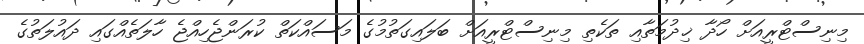
މިނިސްޓްރީއަށް ހޯދާ ޚިދުމަތާއި ތަކެތި މިނިސްޓްރީއަށް ބަލައިގަތުމުގެ މަސައްކަތް ކުރަންޖެހިއްޖެ ހާލަތެއްގައި ދައުލަތުގެ